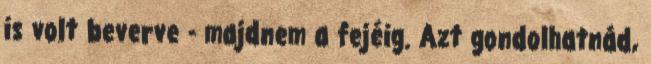
is volt beverve - majdnem a fejéig. Azt gondolhatnád,